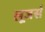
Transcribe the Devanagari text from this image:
लूजर्स